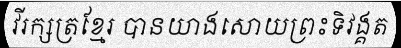
វីរក្សត្រខ្មែរ បានយាងសោយព្រះទិវង្គត